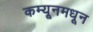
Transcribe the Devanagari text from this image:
कम्यूनमधून